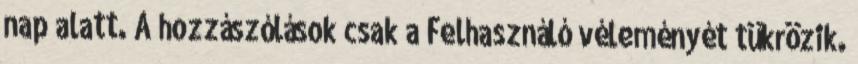
nap alatt. A hozzászólások csak a Felhasználó véleményét tükrözik.